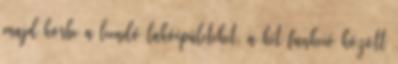
majd körbe a leendő lakóépületeket, a két funkció között